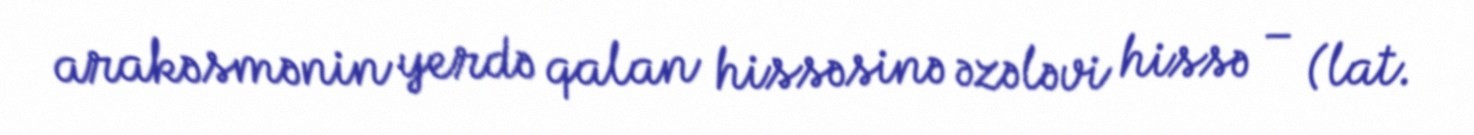
arakəsmənin yerdə qalan hissəsinə əzələvi hissə – (lat.